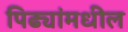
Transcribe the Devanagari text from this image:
पिढ्यांमधील